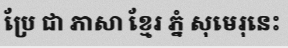
ប្រែ ជា ភាសា ខ្មែរ ភ្នំ សុមេរុនេះ